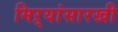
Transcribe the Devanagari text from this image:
मिऱ्यांसारखी